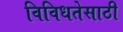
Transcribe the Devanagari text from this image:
विविधतेसाठी